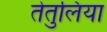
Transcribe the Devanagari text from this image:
तेतुलिया